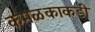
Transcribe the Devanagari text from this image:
कमळकाकडी